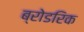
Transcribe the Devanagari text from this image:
ब्रोडरिक